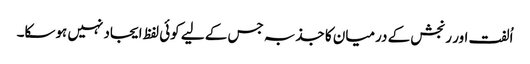
اُلفت اور رنجش کے درمیان کا جذبہ جس کے لیے کوئی لفظ ایجاد نہیں ہوسکا۔